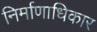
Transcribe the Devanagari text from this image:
निर्माणाधिकार